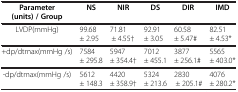
<table><thead><tr><td><b>Parameter (units) / Group</b></td><td><b>NS</b></td><td><b>NIR</b></td><td><b>DS</b></td><td><b>DIR</b></td><td><b>IMD</b></td></tr></thead><tbody><tr><td>LVDP(mmHg)</td><td>99.68 ± 2.95</td><td>71.81 ± 4.55†</td><td>92.91 ± 3.05</td><td>60.58 ± 5.47#</td><td>82.51 ± 4.53*</td></tr><tr><td>+dp/dtmax(mmHg /s)</td><td>7584 ± 295.8</td><td>5947 ± 354.4†</td><td>7012 ± 455.1</td><td>3877 ± 256.1#</td><td>5565 ± 403.0*</td></tr><tr><td>-dp/dtmax(mmHg /s)</td><td>5612 ± 148.3</td><td>4420 ± 358.9†</td><td>5324 ± 213.6</td><td>2830 ± 205.1#</td><td>4076 ± 280.2*</td></tr></tbody></table>